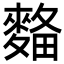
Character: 𪌾